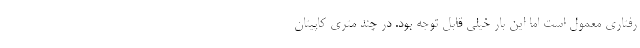
رفتاری معمول است اما این بار خیلی قابل توجه بود. در چند متری کاپیتان